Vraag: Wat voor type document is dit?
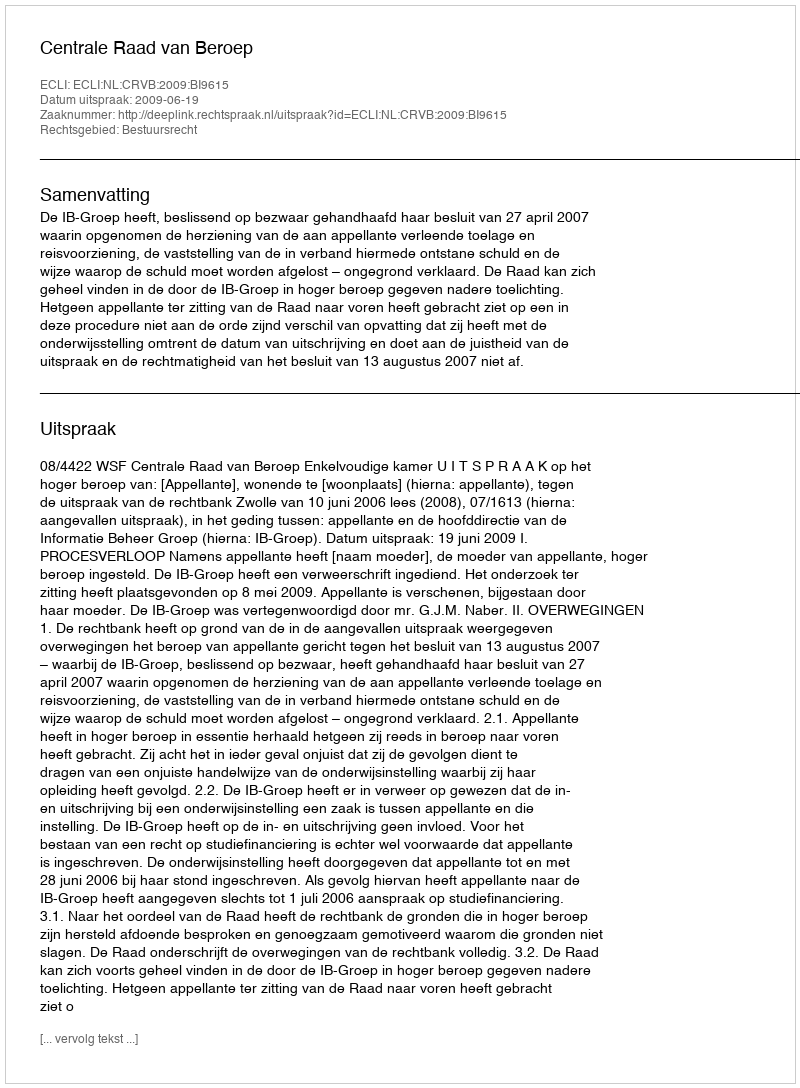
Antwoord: Uitspraak